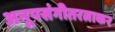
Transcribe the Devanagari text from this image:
अनूपसंगीतरत्नाकर